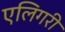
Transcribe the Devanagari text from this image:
एलिगरी